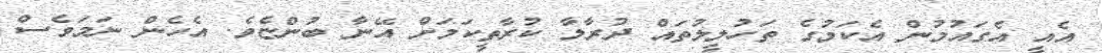
އެއީ އެގައުމުން އެކަމުގެ ތަހުލީލުތައް ދުރާލާ ކުރާތީކަމަށް އޭނާ ބުންޏެވެ. އެހެން ނަމަވެސް